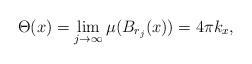
LaTeX: \begin{align*}\Theta(x) = \lim_{j\to\infty} \mu(B_{r_j}(x)) = 4\pi k_x,\end{align*}